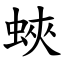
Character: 蛺